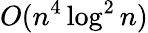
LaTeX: O(n^{4}\log^{2}n)